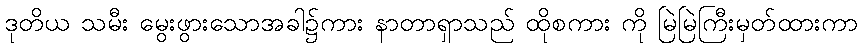
ဒုတိယ သမီး မွေးဖွားသောအခါ၌ကား နာတာရှာသည် ထိုစကား ကို မြဲမြဲကြီးမှတ်ထားကာ